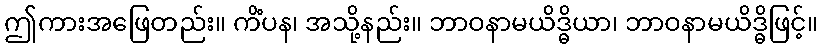
ဤကားအဖြေတည်း။ ကိံပန၊ အသို့နည်း။ ဘာဝနာမယိဒ္ဓိယာ၊ ဘာဝနာမယိဒ္ဓိဖြင့်။